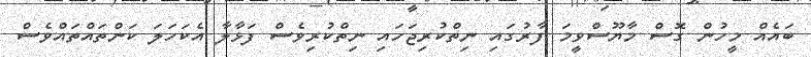
ބައެއް މީހުން ގޮސް މާޔޫސްވީމަ ފާރުގައި ނިތްކުރިޖަހައި ނިތްކުރިވެސް ފަޅާލާ އެކަހަލަ ކަންތައްތައްވެސް